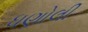
ધણોલી